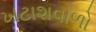
ખટાશવાળો